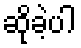
ဆိုခဲ့ပါ